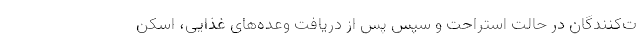
ت‌کنندگان در حالت استراحت و سپس پس از دریافت وعده‌های غذایی، اسکن